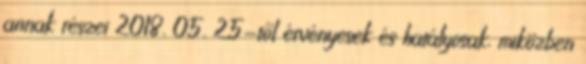
annak részei 2018. 05. 25-től érvényesek és hatályosak, miközben